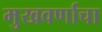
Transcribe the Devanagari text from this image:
मुखवर्णाचा